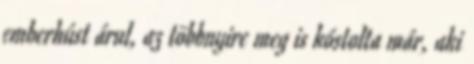
emberhúst árul, az többnyire meg is kóstolta már, aki